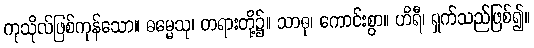
ကုသိုလ်ဖြစ်ကုန်သော။ ဓမ္မေသု၊ တရားတို့၌။ သာဓု၊ ကောင်းစွာ။ ဟိရီ၊ ရှက်သည်ဖြစ်၍။